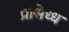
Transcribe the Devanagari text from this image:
प्रसिध्‍ध